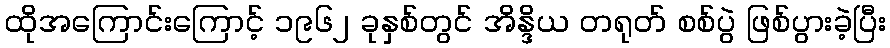
ထိုအကြောင်းကြောင့် ၁၉၆၂ ခုနှစ်တွင် အိန္ဒိယ တရုတ် စစ်ပွဲ ဖြစ်ပွားခဲ့ပြီး